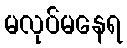
မလုပ်မနေရ